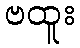
ဗထူး